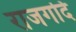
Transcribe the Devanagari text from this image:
राजगदि